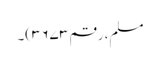
مسلم، رقم ۳۶۷۳)۔